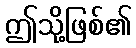
ဤသို့ဖြစ်၏